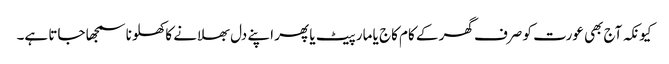
کیونکہ آج بھی عورت کو صرف گھر کے کام کاج یا مار پیٹ یا پھر اپنے دل بھلانے کا کھلونا سمجھا جاتا ہے۔